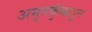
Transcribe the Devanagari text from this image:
अमृतकुंभातून